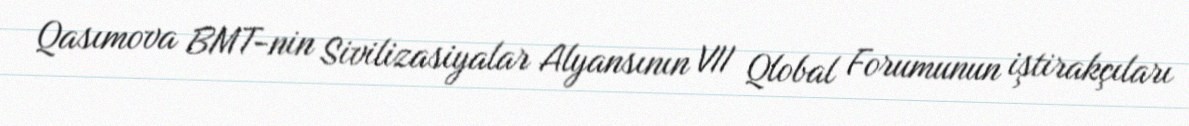
Qasımova BMT-nin Sivilizasiyalar Alyansının VII Qlobal Forumunun iştirakçıları